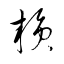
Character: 贅